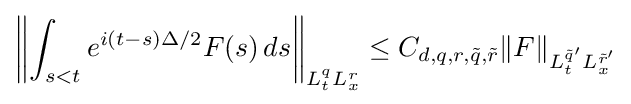
\left\|\int _{s<t}e^{i(t-s)\Delta /2}F(s)\,ds\right\|_{L_{t}^{q}L_{x}^{r}}\leq C_{d,q,r,{\tilde {q}},{\tilde {r}}}\|F\|_{L_{t}^{{\tilde {q}}'}L_{x}^{{\tilde {r}}'}}